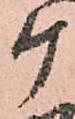
ケ